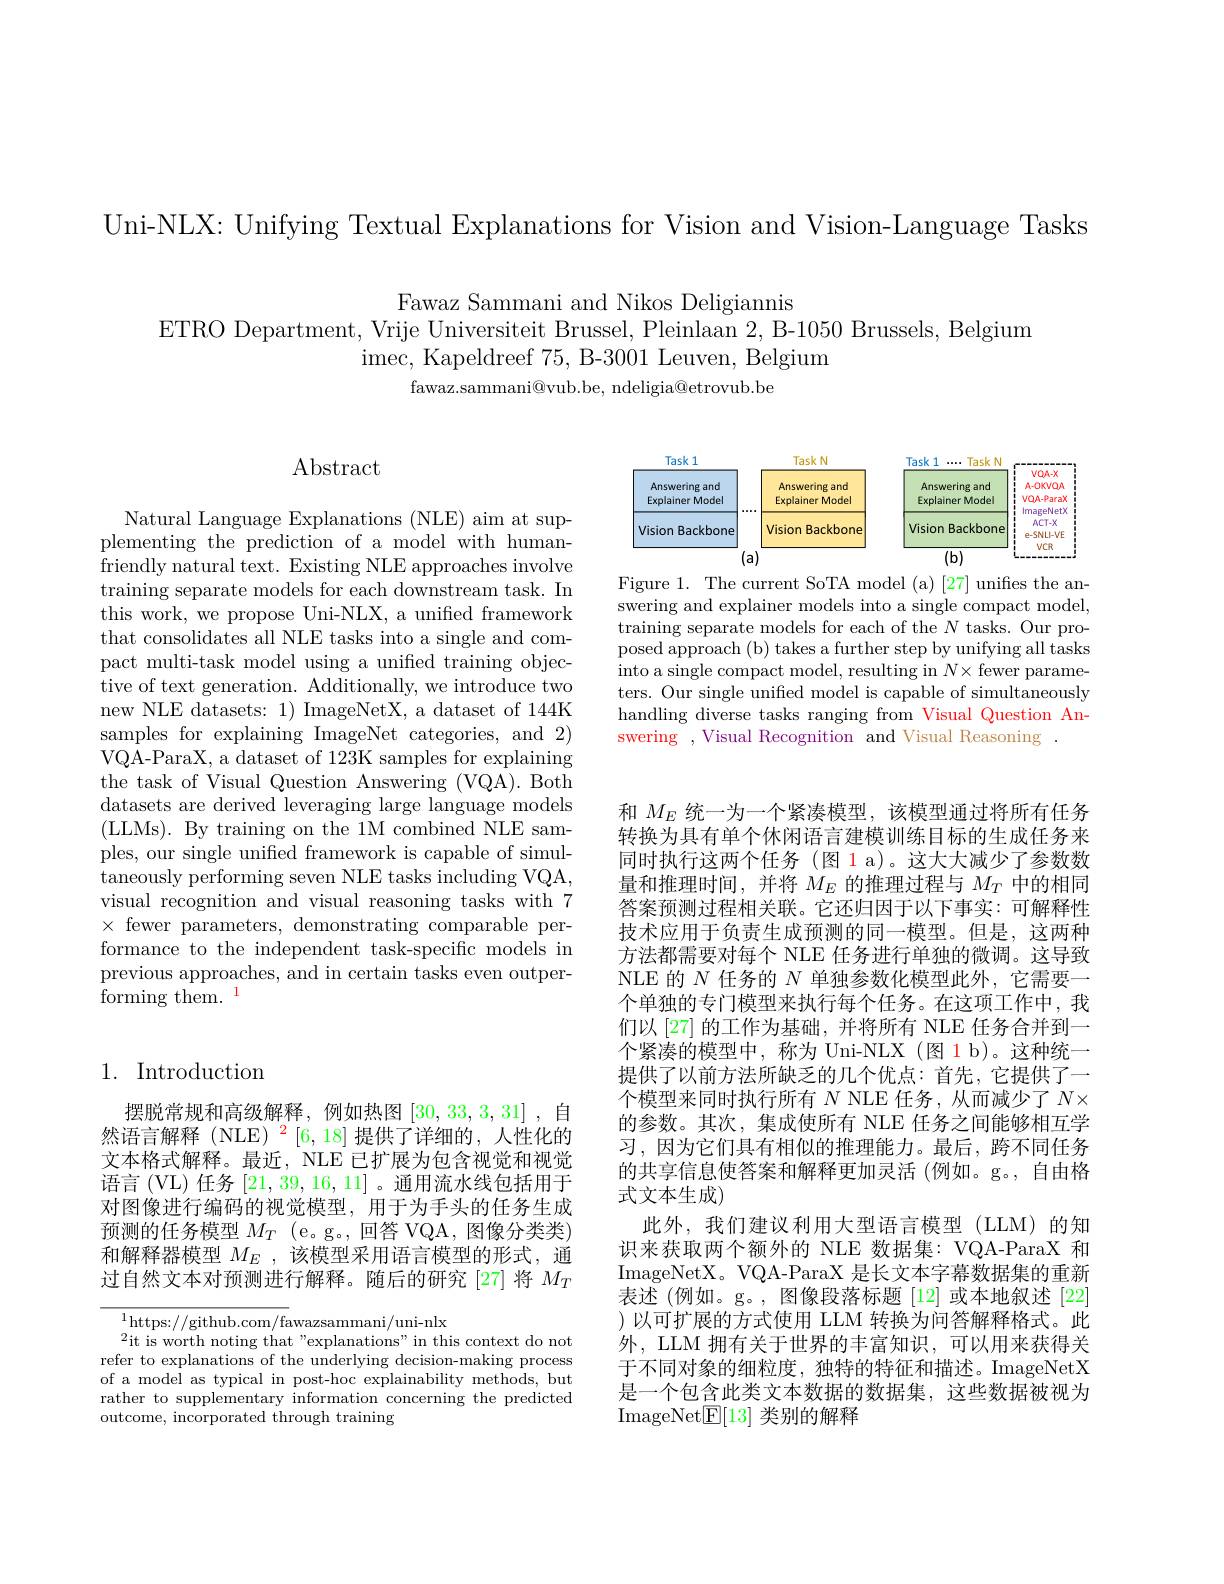
Uni-NLX: Unifying Textual Explanations for Vision and Vision-Language Tasks

Fawaz Sammani and Nikos Deligiannis
ETRO Department, Vrije Universiteit Brussel, Pleinlaan 2, B-1050 Brussels, Belgium
imec, Kapeldreef 75, B- 3001 Leuven, Belgium
fawaz. sammani@ vub. be, ndeligia@ etrovub. be

## $\operatorname{Abstract}$

<FigureHere>

Figure 1. The current SoTA model (a) [27] unifies the answering and explainer models into a single compact model, training separate models for each of the $N$ tasks. Our proposed approach (b) takes a further step by unifying all tasks into a single compact model, resulting in $N\times$ fewer parameters. Our single unified model is capable of simultaneously handling diverse tasks ranging from Visual Question Answering ,Visual Recognition and Visual Reasoning .

Natural Language Explanations (NLE) aim at supplementing the prediction of a model with humanfriendly natural text. Existing NLE approaches involve training separate models for each downstream task. In this work, we propose Uni-NLX, a unified framework that consolidates all NLE tasks into a single and compact multi-task model using a unified training objective of text generation. Additionally, we introduce two new NLE datasets: 1) ImageNetX, a dataset of 144K samples for explaining ImageNet categories, and 2) VQA-ParaX, a dataset of 123K samples for explaining the task of Visual Question Answering (VQA). Both datasets are derived leveraging large language models (LLMs). By training on the 1M combined NLE samples, our single unified framework is capable of simultaneously performing seven NLE tasks including VQA, visual recognition and visual reasoning tasks with 7 $\times$ fewer parameters, demonstrating comparable performance to the independent task-specific models in previous approaches, and in certain tasks even outper- ${\tilde{\text{forming them.}}}^{1}$

## 1. Introduction

和$M_E$统一为一个紧凑模型，该模型通过将所有任务转换为具有单个休闲语言建模训练目标的生成任务来同时执行这两个任务(图 1 a)。这大大减少了参数数量和推理时间，并将$M_E$的推理过程与$M_T$中的相同答案预测过程相关联。它还归因于以下事实：可解释性技术应用于负责生成预测的同一模型。但是，这两种方法都需要对每个 NLE 任务进行单独的微调。这导致NLE 的$N$任务的$N$单独参数化模型此外，它需要一个单独的专门模型来执行每个任务。在这项工作中，我们以 [27] 的工作为基础，并将所有 NLE 任务合并到一个紧凑的模型中，称为 Uni-NLX (图 1 b)。这种统一提供了以前方法所缺乏的几个优点：首先，它提供了一个模型来同时执行所有$N$ NLE 任务，从而减少了$N\times$ 的参数。其次，集成使所有 NLE 任务之间能够相互学习，因为它们具有相似的推理能力。最后，跨不同任务的共享信息使答案和解释更加灵活 (例如。g。,自由格式文本生成)
此外，我们建议利用大型语言模型(LLM)的知识来获取两个额外的 NLE 数据集：VQA-ParaX 和ImageNetX。VQA-ParaX 是长文本字幕数据集的重新表述 (例如。g。, 图像段落标题 [12] 或本地叙述 [22] )以可扩展的方式使用 LLM 转换为问答解释格式。此外，LLM 拥有关于世界的丰富知识，可以用来获得关于不同对象的细粒度，独特的特征和描述。ImageNetX 是一个包含此类文本数据的数据集，这些数据被视为ImageNet$\boxed{\mathrm{E}}[13]$类别的解释

摆脱常规和高级解释，例如热图[30,33,3,31] ,自然语言解释(NLE)$^2[6,18]$提供了详细的，人性化的文本格式解释。最近，NLE 已扩展为包含视觉和视觉语言 (VL) 任务[21,39,16,11]。通用流水线包括用于对图像进行编码的视觉模型，用于为手头的任务生成预测的任务模型$M_T$ (e。g。, 回答 VQA, 图像分类类) 和解释器模型$M_E$ ,该模型采用语言模型的形式，通过自然文本对预测进行解释。随后的研究[27]将$M_T$

$^{1}$https://github.com/fawazsammani/uni-nlx
$^{2}$it is worth noting that"explanations" in this context do not refer to explanations of the underlying decision-making process of a model as typical in post-hoc explainability methods, but rather to supplementary information concerning the predicted outcome, incorporated through training